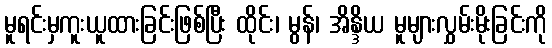
မူရင်းမှကူးယူထားခြင်းဖြစ်ပြီး ထိုင်း၊ မွန်၊ အိန္ဒိယ မူများလွှမ်းမိုးခြင်းကို